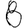
Digit: 8